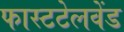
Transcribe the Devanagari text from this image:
फास्टटेलवेंड